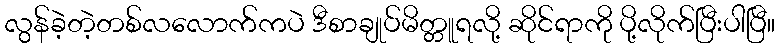
လွန်ခဲ့တဲ့တစ်လလောက်ကပဲ ဒီစာချုပ်မိတ္တူရလို့ ဆိုင်ရာကို ပို့လိုက်ပြီးပါပြီ။